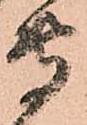
専